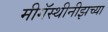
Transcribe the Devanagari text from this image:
मीगॅस्थीनीझच्या